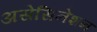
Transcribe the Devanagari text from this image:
असेसिनेशन